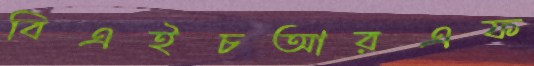
বিএইচআরএফ